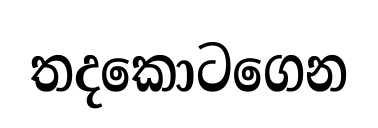
තදකොටගෙන